Jaan_Tonisson_(Lasteleht), lk 141
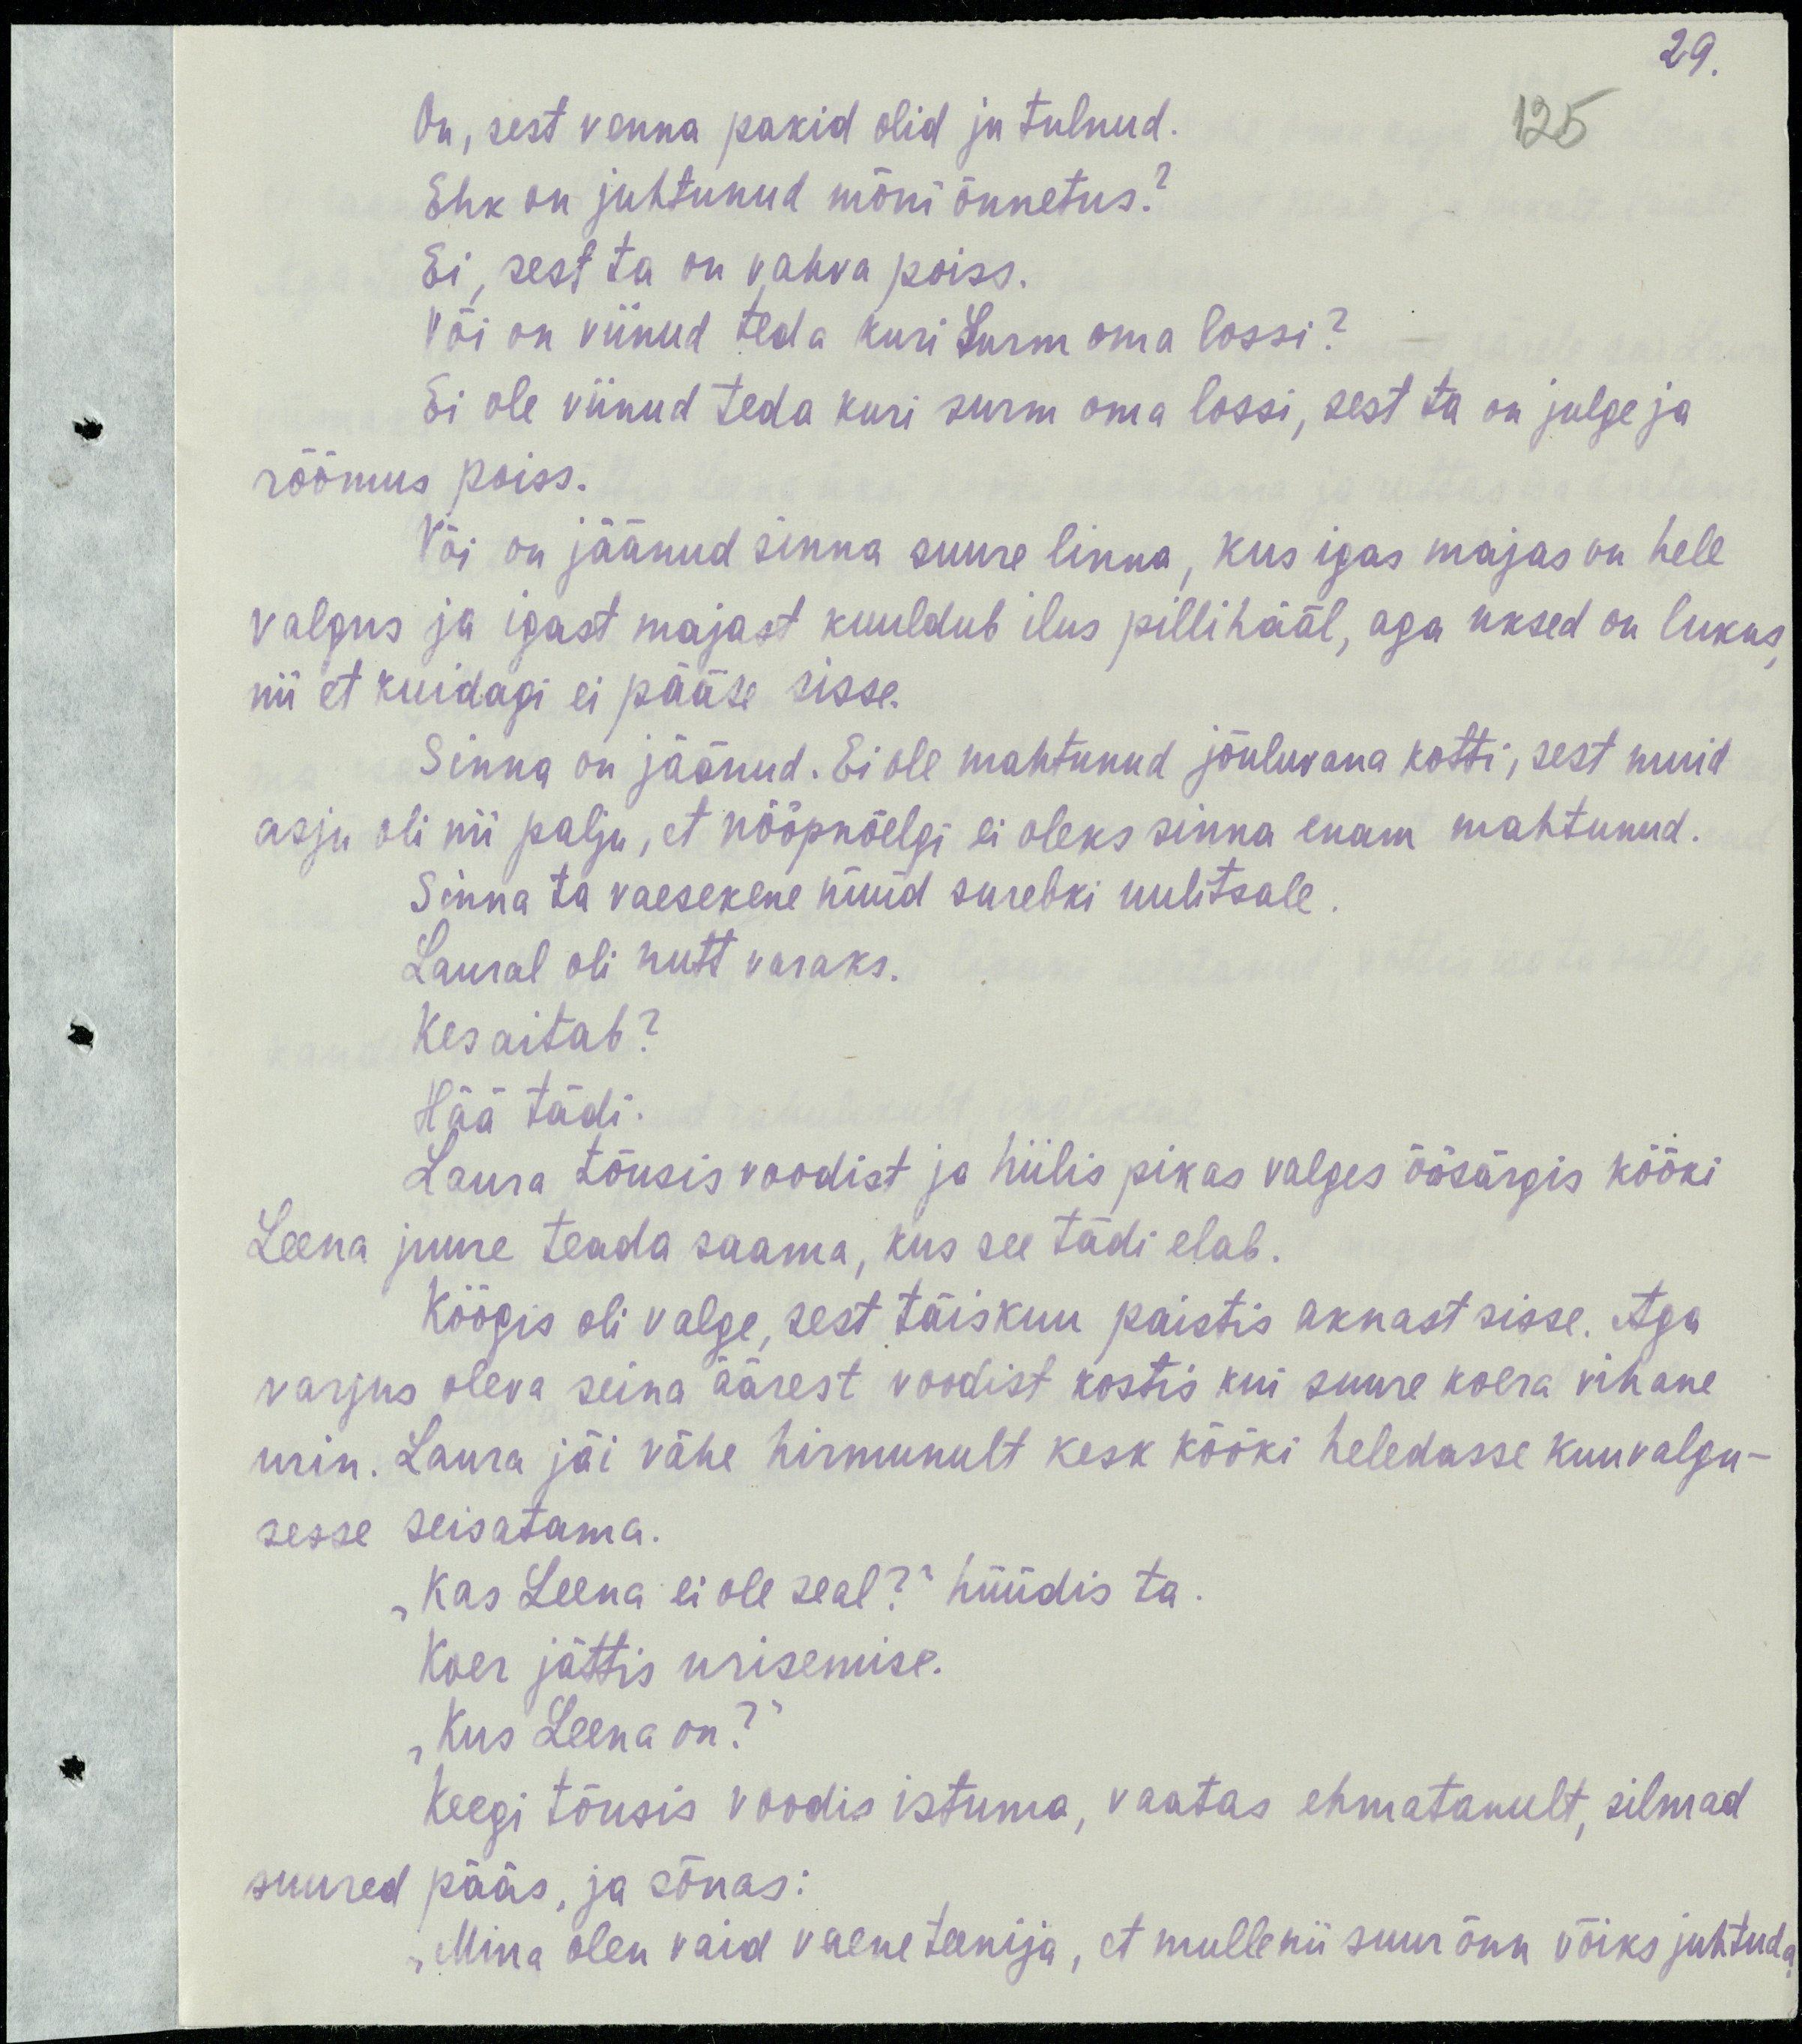
29.
125
On, sest venna pakid olid ju tulnud.
Ehk on juhtunud mõni õnnetus?
Ei, sest ta on vahva poiss.
Või on viinud teda kuri Surm oma lossi?
Ei ole viinud teda kuri surm oma lossi, sest ta on ju julge ja
rõõmus poiss.
Või on jäänud sinna suure linna, kus igas majas on hele
valgus ja igast majast kuuldub ilus pillihääl, aga uksed on lukus,
nii et kuidagi ei pääse sisse.
Sinna on jäänud. Ei ole mahtunud jõuluvana kotti, sest muid
asju oli nii palju, et nööpnõelgi ei oleks sinna enam mahtunud.
Sinna ta vaesekene nüüd surebki uulitsale.
Laural oli nutt varaks.
Kes aitab?
Hää tädi.
Laura tõusis voodist ja hiilis pikas valges öösärgis kööki
Leena juure teada saama, kus see tädi elab.
Köögis oli valge, sest täiskuu paistis aknast sisse. Aga
varjus oleva seina äärest voodist kostis kui suure koera vihane
urin. Laura jäi vähe hirmunult kesk kööki heledasse kuuvalgu-
sesse seisatama.
„Kas Leena ei ole seal?“ hüüdis ta.
Koer jättis urisemise.
„Kus Leena on?“
Keegi tõusis voodis istuma, vaatas ehatanunult, silmad
suured pääs ja sõnas:
„Mina olen vaid vaene teenija, et mulle nii suur õnn võiks juhtuda.